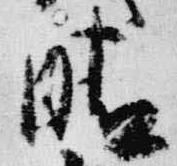
晴